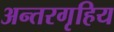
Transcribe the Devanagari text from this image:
अन्तरगृहिय